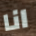
انا